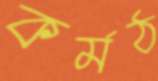
কর্মঠ